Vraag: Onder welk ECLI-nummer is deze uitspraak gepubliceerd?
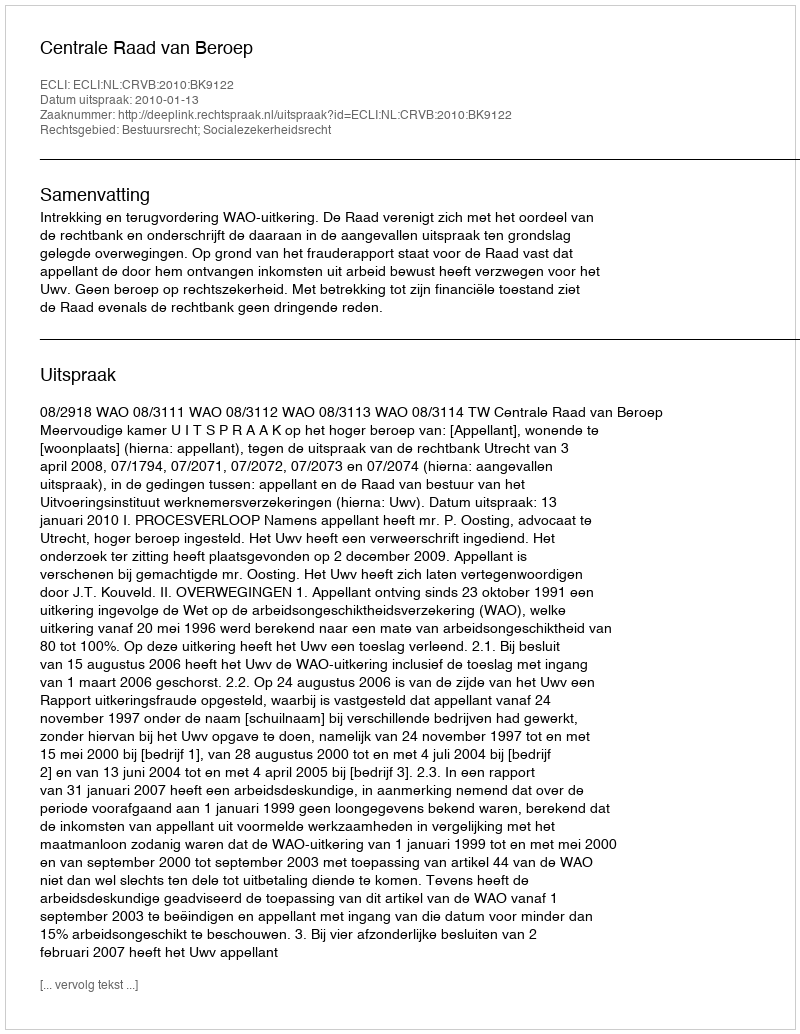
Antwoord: ECLI:NL:CRVB:2010:BK9122